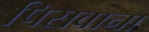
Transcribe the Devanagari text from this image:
पिसवाना